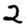
Digit: 2